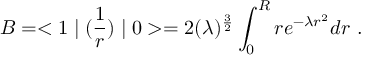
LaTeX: { \cal B } = < 1 \mid ( { \frac { 1 } { r } } ) \mid 0 > = 2 ( \lambda ) ^ { { \frac { 3 } { 2 } } } \int _ { 0 } ^ { R } r e ^ { - \lambda r ^ { 2 } } d r ~ .